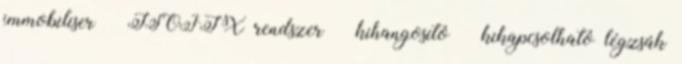
immobiliser – ISOFIX rendszer – kihangosító – kikapcsolható légzsák